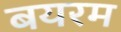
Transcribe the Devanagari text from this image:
बयरम